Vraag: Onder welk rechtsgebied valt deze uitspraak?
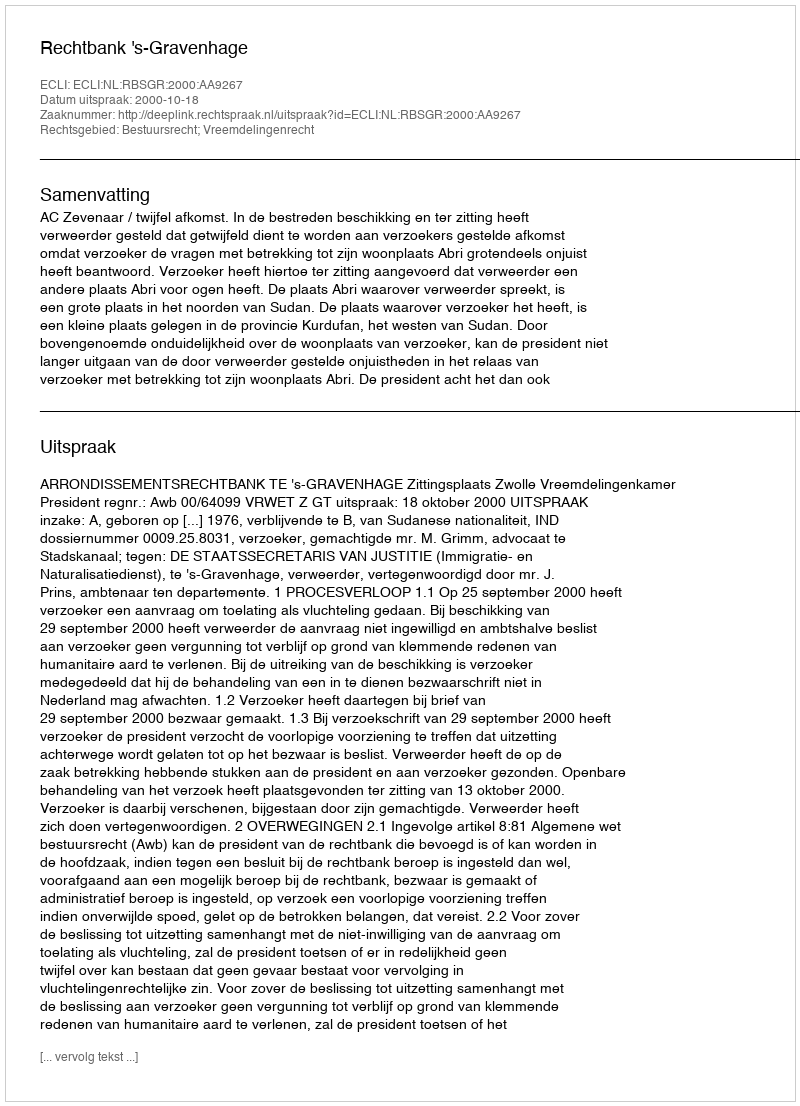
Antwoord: Bestuursrecht; Vreemdelingenrecht